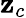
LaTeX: \mathbf{z}_{c}